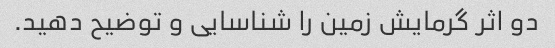
دو اثر گرمایش زمین را شناسایی و توضیح دهید.